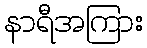
နာရီအကြား